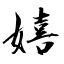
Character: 嬉